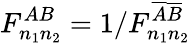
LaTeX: F_{n_{1}n_{2}}^{AB}=1/F_{n_{1}n_{2}}^{\overline{{A}}\overline{{B}}}